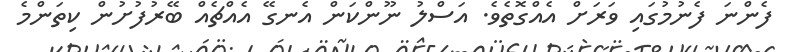
ފެންނަ ފެނުމުގައި ވަރަށް އެއްގޮތެވެ. އަސްލު ނޫންކަން އެނގޭ އެއްޗެއް ބޭރުފުށުން ކިތަންމެ